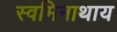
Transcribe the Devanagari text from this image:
स्वमिनाथाय